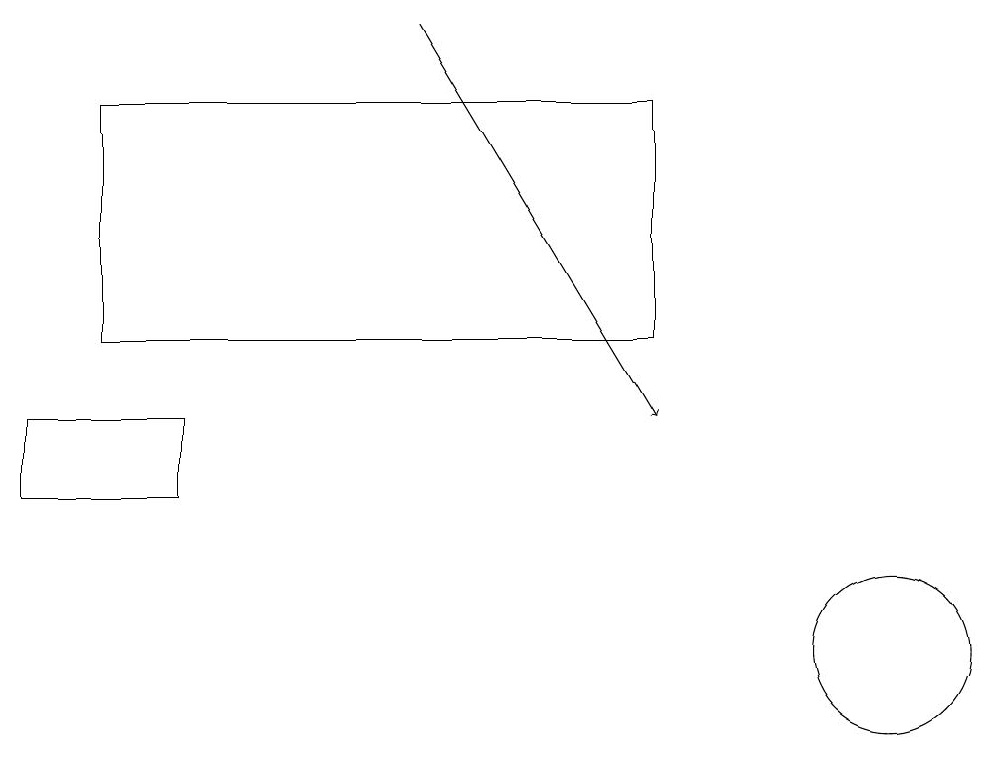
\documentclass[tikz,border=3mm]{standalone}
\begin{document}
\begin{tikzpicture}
\draw (12,10) circle (1);
\draw (1,13) rectangle (3,12);
\draw[->] (6,18) -- (9,13);
\draw (2,17) rectangle (9,14);
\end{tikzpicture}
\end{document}